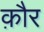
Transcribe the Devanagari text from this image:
क़ौर